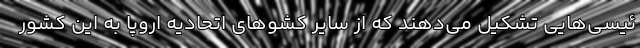
ئیسی‌هایی تشکیل می‌دهند که از سایر کشو‌های اتحادیه اروپا به این کشور